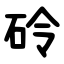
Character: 砱